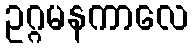
ဥဂ္ဂမနကာလေ